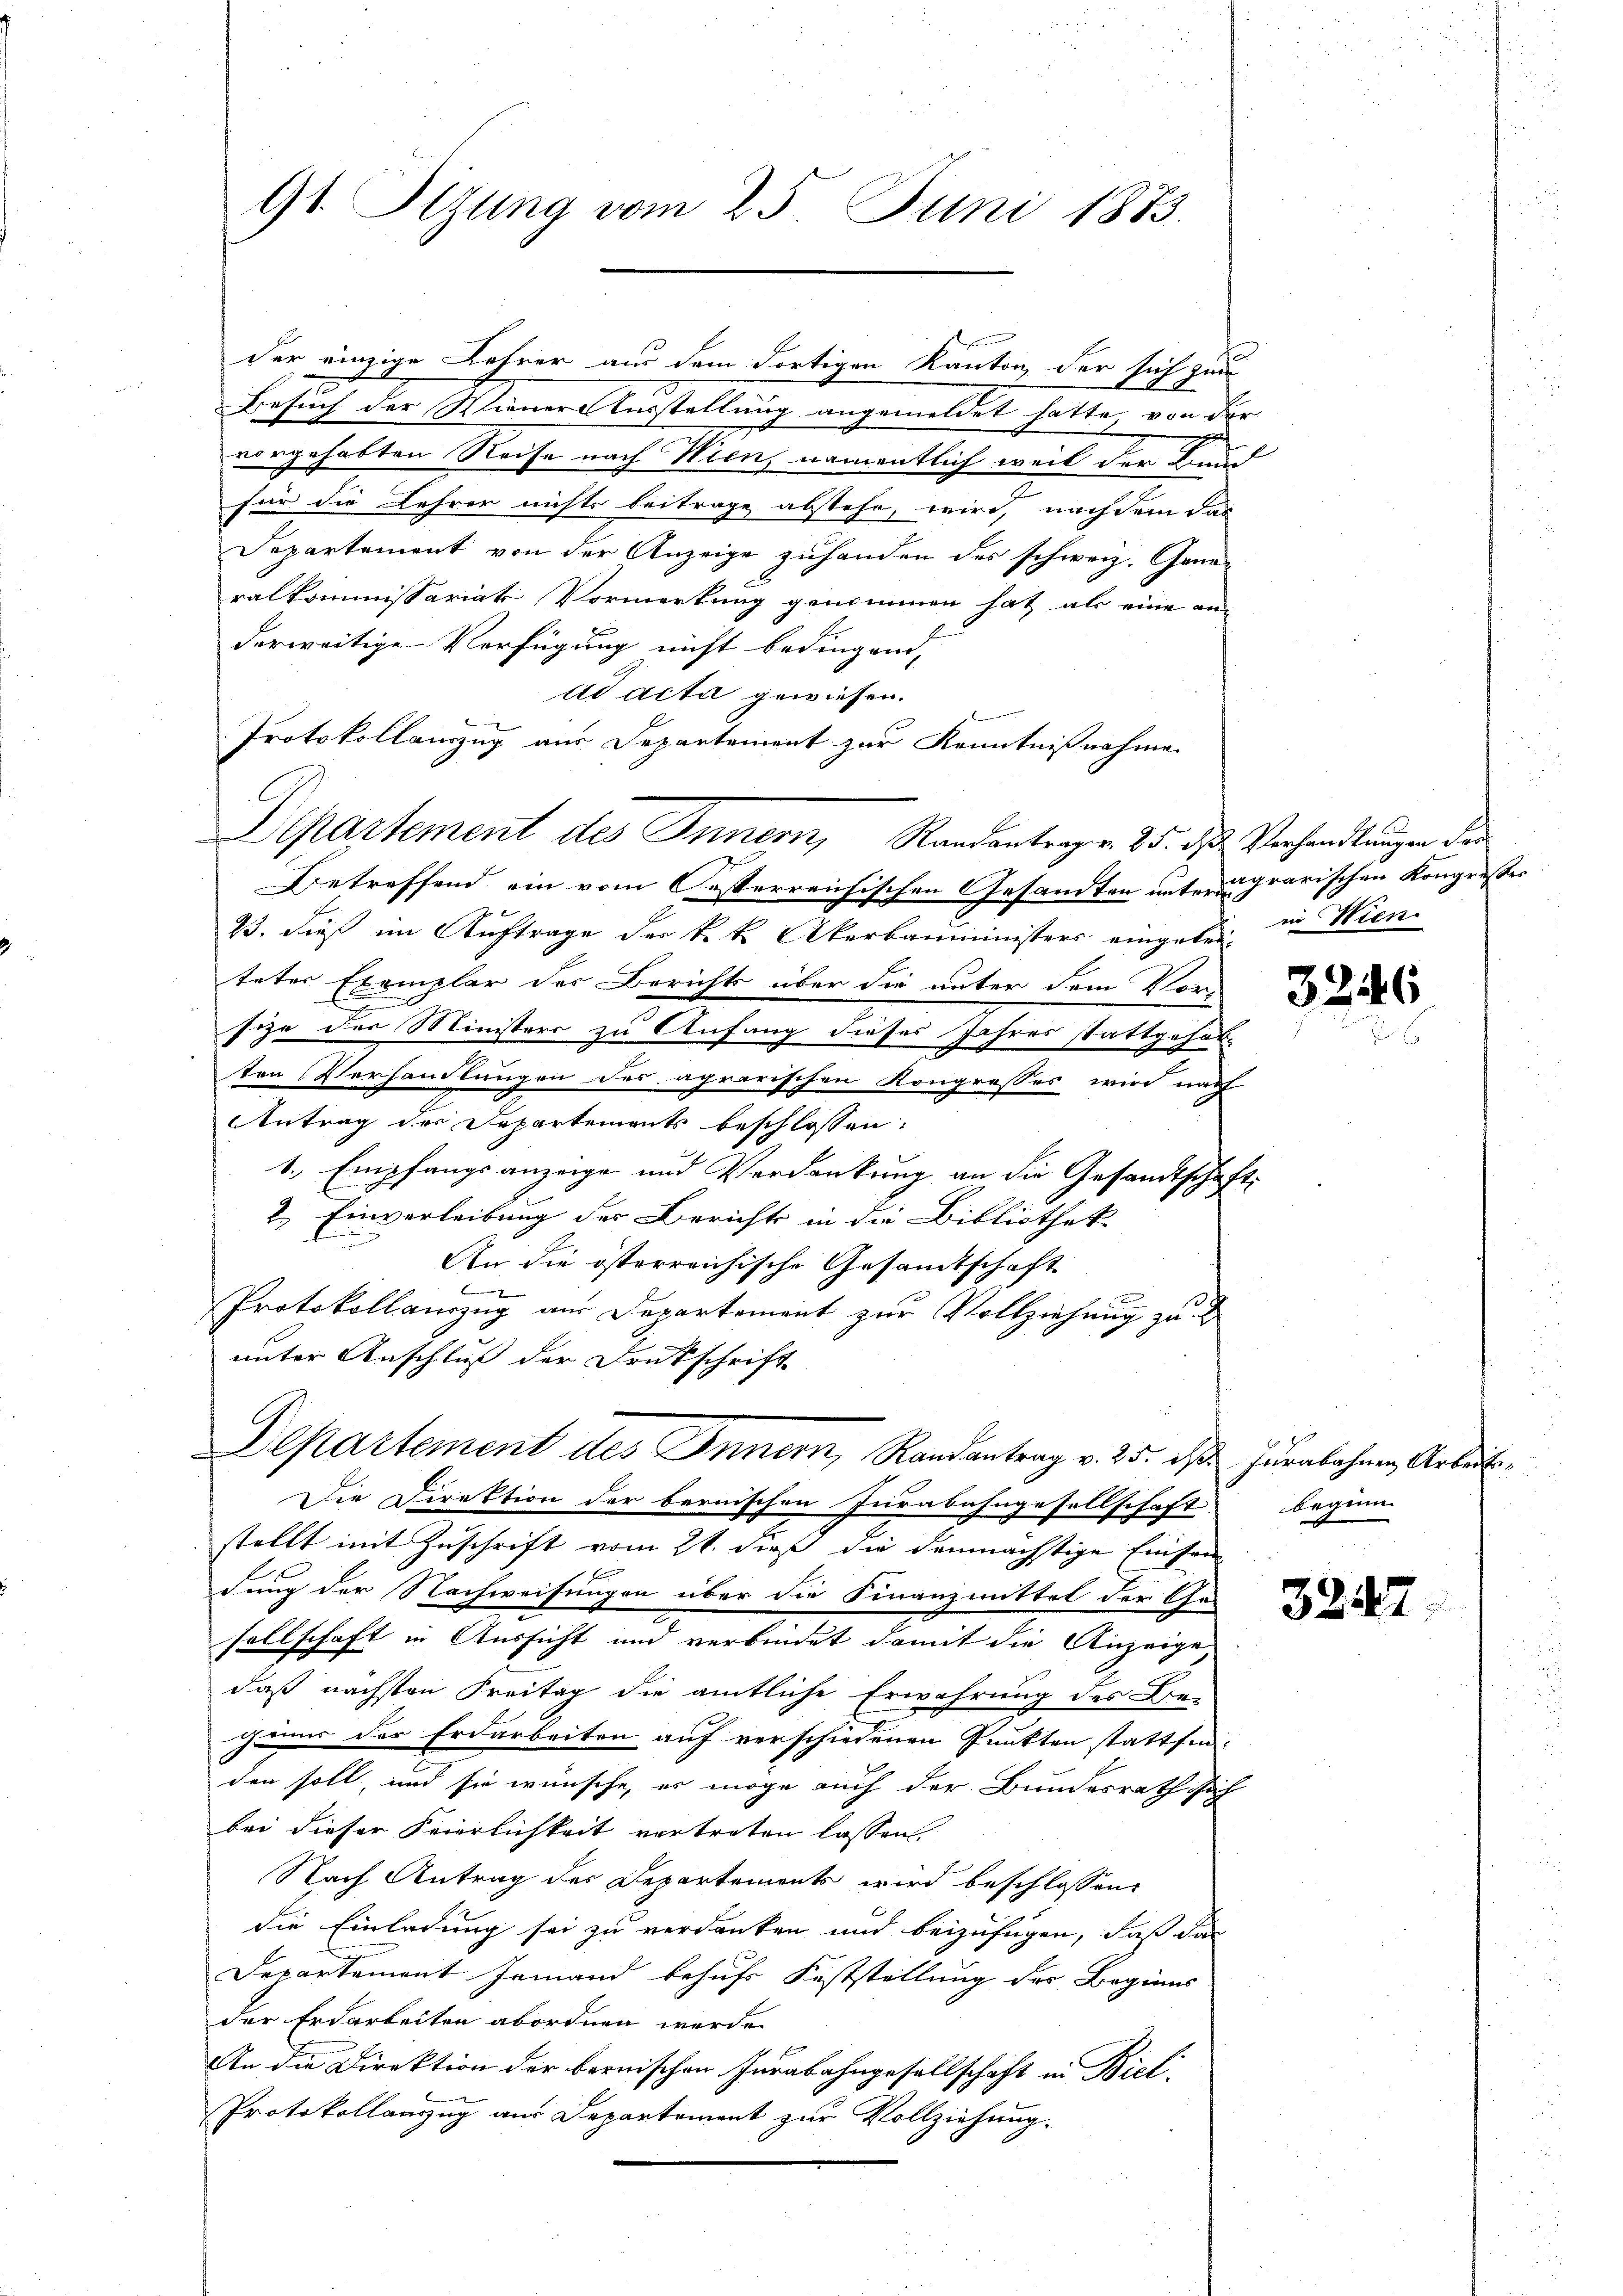
der einzige Lehrer aus dem Fortigen Kanton der sich zu
Besuch der Werners Ausstellung angemeldet hatte von der
vorgehabten Reise nach Wien, namentlich weit der Bun
für die Lehrer nichts beitrage abstehe, wird, nachdem das
Departement von der Anzeige zuhanden des schweiz. Generalkommissariats Vormerkung genommen hat als eine an
derweitige Verfügung nicht bedingend,
ad acta gewiesen.
Protokollauszug aus Departement zur Kenntnißnahme
Betreffend ein vom Oesterreichischen Gesandten unter grarischen Kongresser
23. dieß im Auftrage der k. k. Akerbauministers eingeben in Wien
teter Exemplar des Berichts über die unter dem Vor-
size der Ministers zu Anfang dieses Jahres stattgehal-
ten Verhandlungen des agrarischen Kongresses wird nach
Antrag der Departements beschlossen:
1., Empfangsanzeige und Verdankung an die Gesandtschaft
2.) Einverleibung des Berichts in die Bibliothek
b
An die österreichische Gesamtschaft

Protokoll anzug aus Departement zur Vollziehung zu
unter Anschluß der Druckschrift
Departement des Innern, Randantrag v. 25. des Jurabahnen Arbeits¬
Die Direktion der bernischen Jurabahngesellschaft
stellt mit Zuschrift vom 21. dieß die demnächstige Einsen
dung der Nachweisungen über die Finanzmittel der Ge-
sellschaft in Aussicht und verbindet damit die Anzeige,
daß nächsten Freitag die amtliche Erwährung des Be-
gum der Erdarbeiten auf verschiedenen Punkten stattfen:
den soll, und sie wünsche, es möge auch der Bundesrath sich
bei dieser Feierlichkeit vortreten lassen.
Nach Antrag des Departements wird beschlossen
die Einladung sei zu verdanken und beizufügen, daß das
Departement Jemand behufs Feststellung des Beginns
der Erdarbeiten abordnen werde.
An die Direktion der bernischen Jurabahngesellschaft in Biel,
Protokollanzug aus Departement zur Vollziehung.

91. Sizung vom 25. Juni 1883.

Departement des Innern, Randantrag v. 25. das Verhandlungen der

3246

beginn

3247